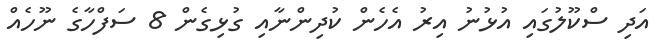
އަދި ސްކޫލުގައި އުޅުނު އިރު އެހެން ކުދިންނާއި ގުޅިގެން 8 ސަފްހާގެ ނޫހެއް